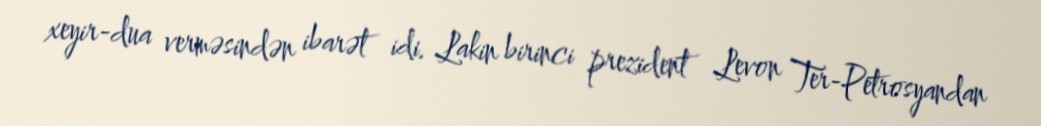
xeyir-dua verməsindən ibarət idi. Lakin birinci prezident Levon Ter-Petrosyandan